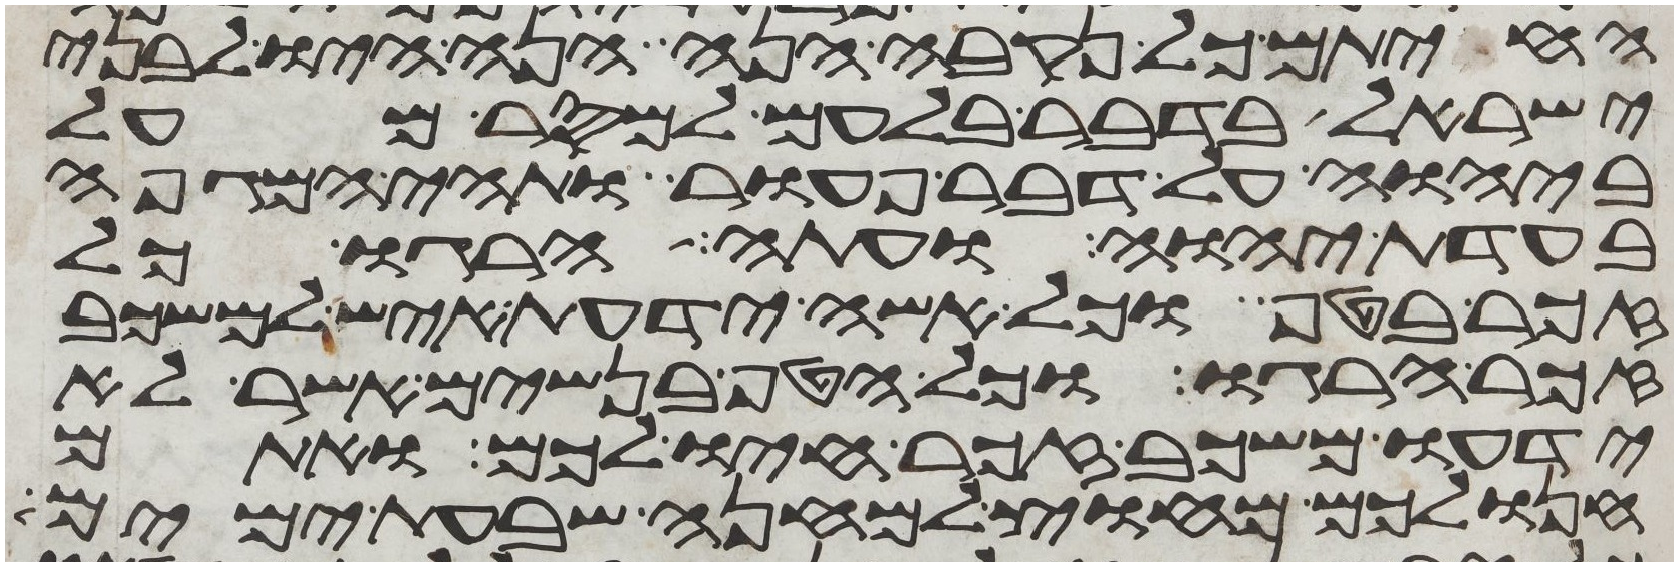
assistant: החיתם כל נקבה הנה הנה היו לבני
ישראל בדבר בלעם למסר מעל
ביהוה על דבר פעור ותהי המגפה
בעדת יהוה ועתה הרגו כל
זכר בטף וכל אשה ידעת איש למשכב
זכר הרגו וכל הטף בנשים אשר לא
ידעו משכב זכר חיו לכם ואתם
חנו לכם מחוץ למחנה שבעת ימים